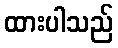
ထားပါသည်